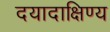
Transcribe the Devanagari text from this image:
दयादाक्षिण्य